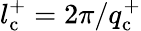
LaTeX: l_{\mathrm{c}}^{+}=2\pi/q_{\mathrm{c}}^{+}